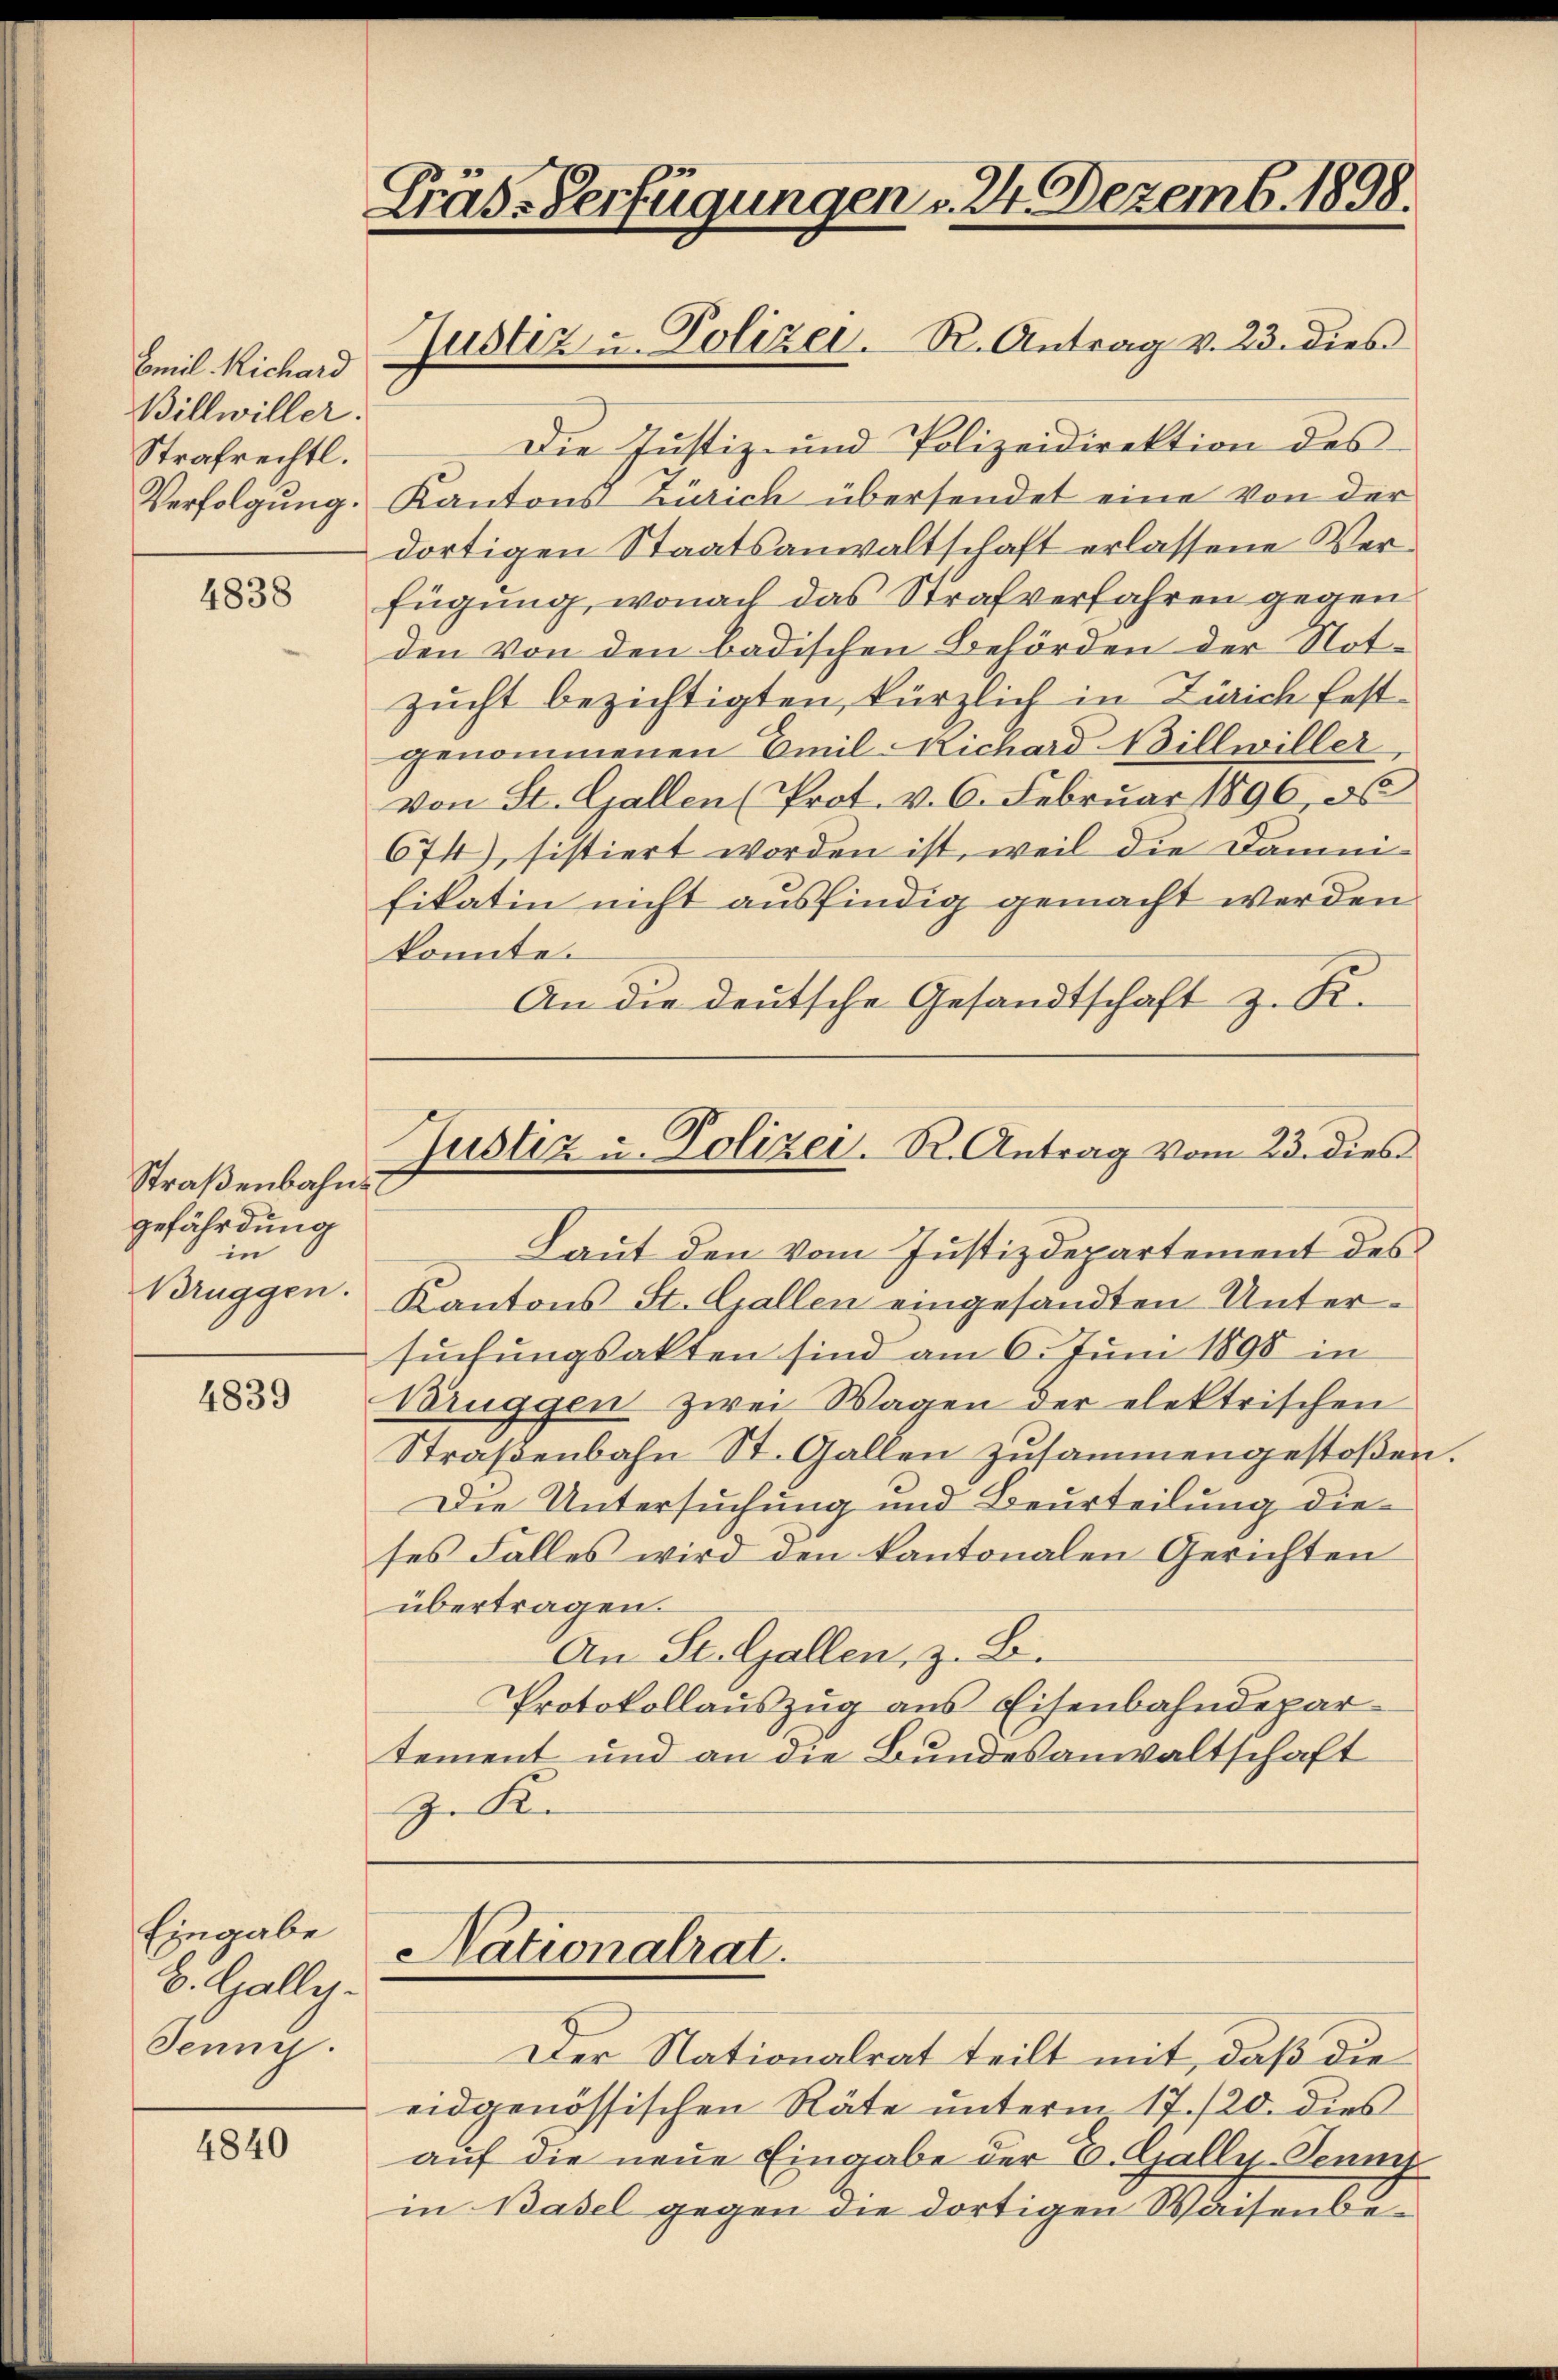
Emil Richard
Billwiller.
Strafrechtl.

4838

Straßenbahnet
gefährdung
in
Brüggen.

4839

Eingabe
b. Galles-
Jenne.

4840

Präs-Verfügungen v. 24. Dezemb. 1898.

Die Justiz- und Polizeidirektion des
Verfolgung. Kantons Zürich übersendet eine von der
dortigen Staatsanwaltschaft erlassene Verfügung, wonach das Strafverfahren gegen
den Von den badischen Behörden der Notzucht bezichtigten, kürzlich in Zürich festgenommenen Emil Richard Billwiller,
von St. Gallen (Prot. v. 6. Februar 1896, ob
674), sistiert worden ist, weil die Daunifikatin nicht ausfindig gemacht werden
konnte.
An die deutsche Gesandtschaft z. K.
Justiz u. Polizei. R. Antrag vom 23. dies
Laut den vom Justizdepartement des
Kantons St. Gallen eingesandten Untersuchungsakten sind am 6. Juni 1890 in
Bruggen zwei Wagen der elektrischen
Straßenbahn St. Gallen zusammengestoßen.
Die Untersuchung und Beurteilung dieses Falles wird den kantonalen Gerichten
übertragen.
An St. Gallen, z. B.
Protokollauszug aus Eisenbahndepar-
tement und an die Bundesanwaltschaft
z. K.

Justiz u. Polizei. R. Antrag v. 23. dies

Nationalrat.

Der Nationalrat teilt mit, daß die
eidgenössischen Räte unterm 17./20. dies
auf die neue Eingabe der E. Gally-Penni
in Basel gegen die dortigen Waisenbe¬